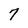
Character: 7